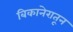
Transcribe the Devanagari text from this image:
बिकानेरातून